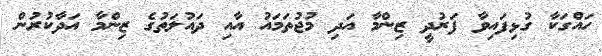
ހައްގަކާ ގުޅިފައިވާ ފަރުދީ ޒިންމާ އަދި މުޖުތަމައު އާއި ދައުލަތުގެ ޒިންމާ އަދާކުރުން